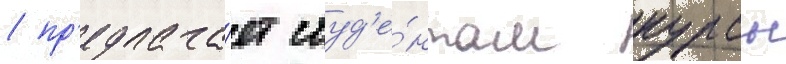
/ пр'едлага́ет студ'е́нтам курсы